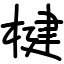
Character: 楗